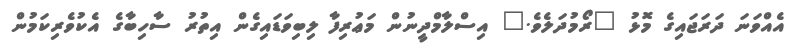
އެއްވަނަ ދަރަޖައިގެ މޮޅު "ރޯމުދަލެވެ." އިސްލާމްދީނުން މަޢުރިފާ ލިބިވަޑައިގެން އިތުރު ސާހިބާގެ އެކުވެރިކަމުން